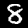
Label: 8